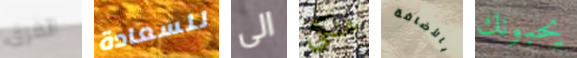
الفرق للسعادة الى عنكي بالأضافة يحبونك